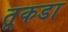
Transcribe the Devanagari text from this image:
तूकडा